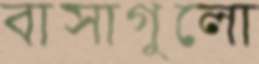
বাসাগুলো